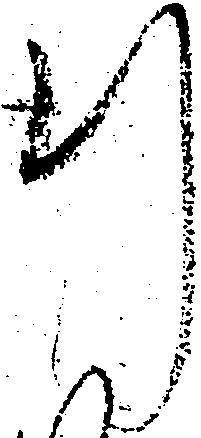
行